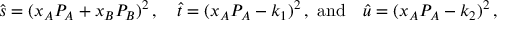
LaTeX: \hat { s } = ( x _ { A } P _ { A } + x _ { B } P _ { B } ) ^ { 2 } \, , \quad \hat { t } = ( x _ { A } P _ { A } - k _ { 1 } ) ^ { 2 } \, , \, \, \mathrm { a n d } \quad \hat { u } = ( x _ { A } P _ { A } - k _ { 2 } ) ^ { 2 } \, ,